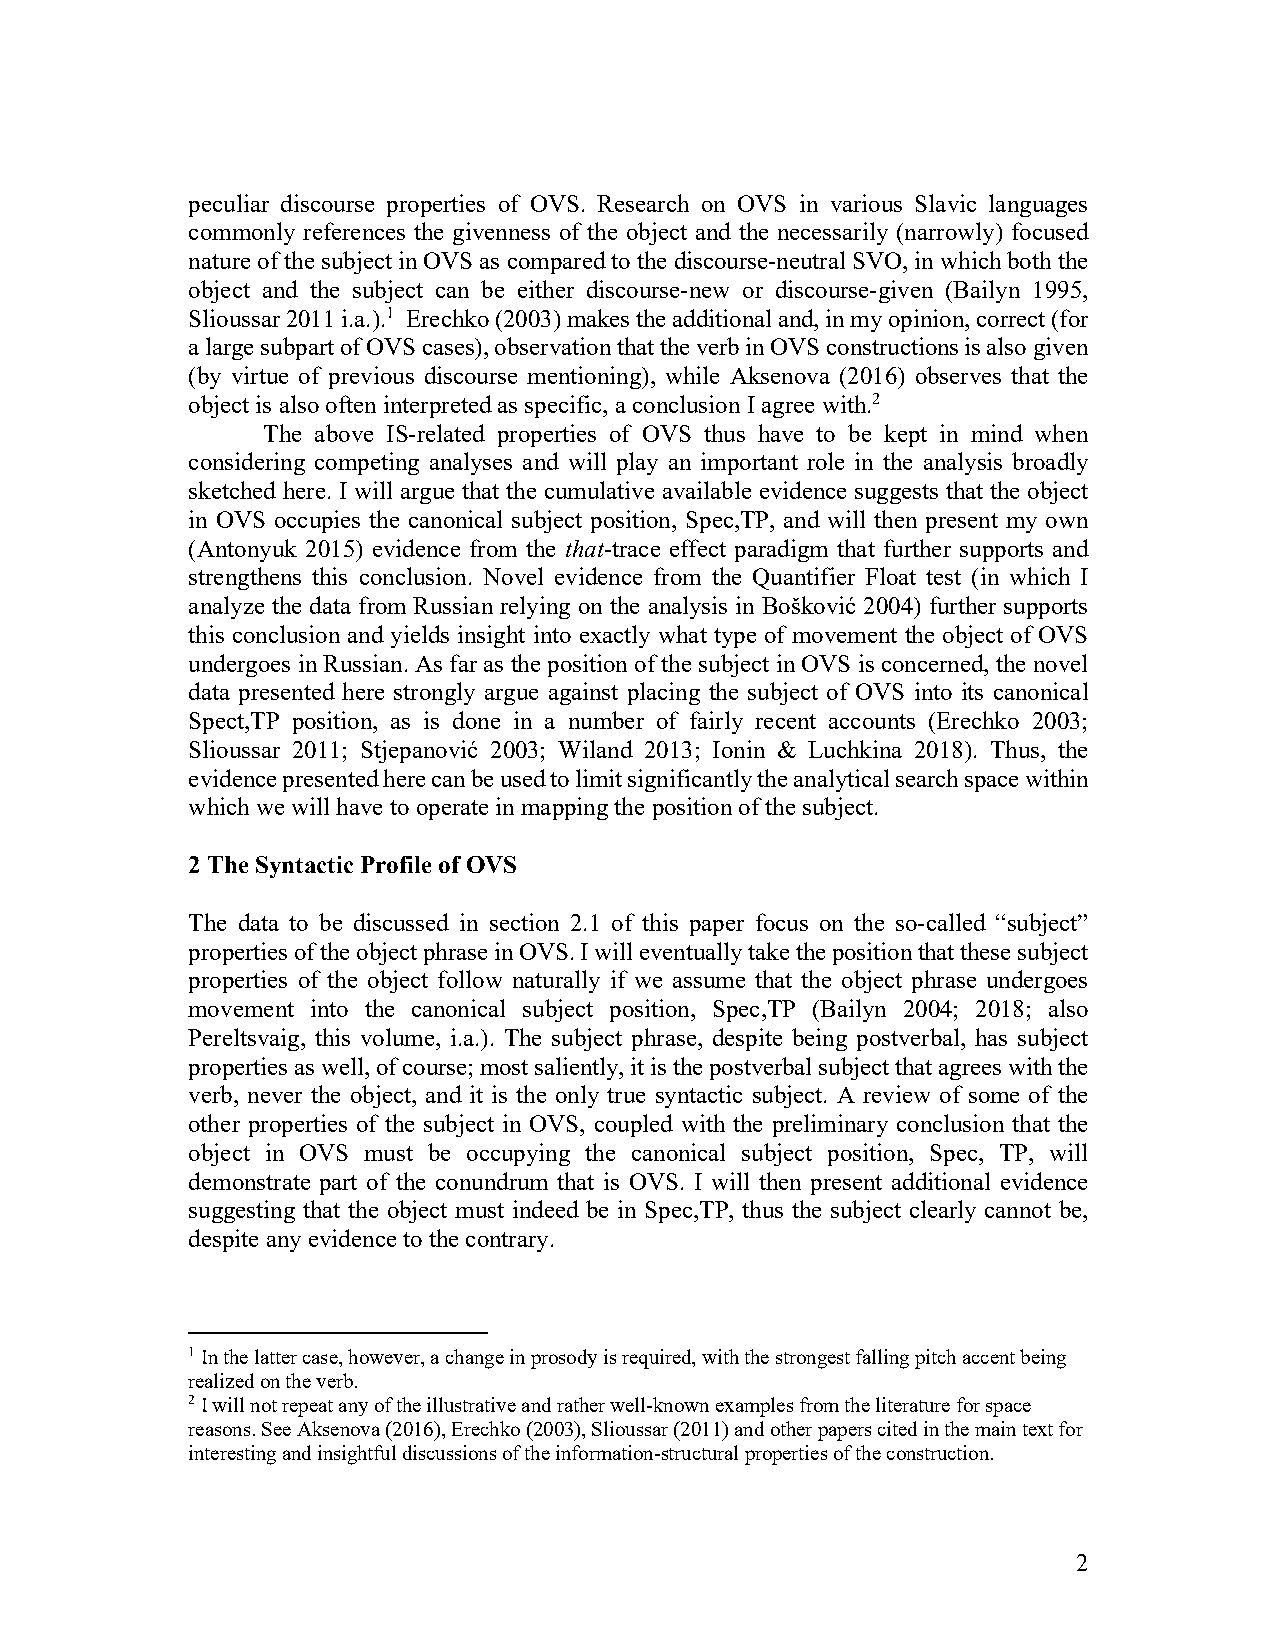
peculiar discourse properties of OVS. Research on OVS in various Slavic languages
 commonly references the givenness of the object and the necessarily (narrowly) focused
 nature of the subject in OVS as compared to the discourse-neutral SVO, in which both the
 object and the subject can be either discourse-new or discourse-given (Bailyn 1995,
 Slioussar 2011 i.a.).1 Erechko (2003) makes the additional and, in my opinion, correct (for
 a large subpart of OVS cases), observation that the verb in OVS constructions is also given
 (by virtue of previous discourse mentioning), while Aksenova (2016) observes that the
 object is also often interpreted as specific, a conclusion I agree with.2
 The above IS-related properties of OVS thus have to be kept in mind when
 considering competing analyses and will play an important role in the analysis broadly
 sketched here. I will argue that the cumulative available evidence suggests that the object
 in OVS occupies the canonical subject position, Spec,TP, and will then present my own
 (Antonyuk 2015) evidence from the that-trace effect paradigm that further supports and
 strengthens this conclusion. Novel evidence from the Quantifier Float test (in which I
 analyze the data from Russian relying on the analysis in Bošković 2004) further supports
 this conclusion and yields insight into exactly what type of movement the object of OVS
 undergoes in Russian. As far as the position of the subject in OVS is concerned, the novel
 data presented here strongly argue against placing the subject of OVS into its canonical
 Spect,TP position, as is done in a number of fairly recent accounts (Erechko 2003;
 Slioussar 2011; Stjepanović 2003; Wiland 2013; Ionin & Luchkina 2018). Thus, the
 evidence presented here can be used to limit significantly the analytical search space within
 which we will have to operate in mapping the position of the subject.
 2 The Syntactic Profile of OVS
 The data to be discussed in section 2.1 of this paper focus on the so-called “subject”
 properties of the object phrase in OVS. I will eventually take the position that these subject
 properties of the object follow naturally if we assume that the object phrase undergoes
 movement into the canonical subject position, Spec,TP (Bailyn 2004; 2018; also
 Pereltsvaig, this volume, i.a.). The subject phrase, despite being postverbal, has subject
 properties as well, of course; most saliently, it is the postverbal subject that agrees with the
 verb, never the object, and it is the only true syntactic subject. A review of some of the
 other properties of the subject in OVS, coupled with the preliminary conclusion that the
 object in OVS must be occupying the canonical subject position, Spec, TP, will
 demonstrate part of the conundrum that is OVS. I will then present additional evidence
 suggesting that the object must indeed be in Spec,TP, thus the subject clearly cannot be,
 despite any evidence to the contrary.
 1 In the latter case, however, a change in prosody is required, with the strongest falling pitch accent being
 realized on the verb.
 2 I will not repeat any of the illustrative and rather well-known examples from the literature for space
 reasons. See Aksenova (2016), Erechko (2003), Slioussar (2011) and other papers cited in the main text for
 interesting and insightful discussions of the information-structural properties of the construction.
 2